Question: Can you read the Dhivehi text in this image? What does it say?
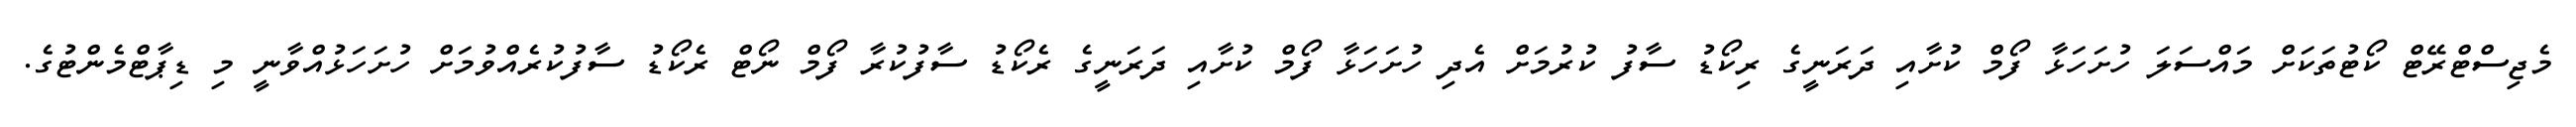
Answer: މެޖިސްޓްރޭޓް ކޯޓުތަކަށް މައްސަލަ ހުށަހަޅާ ފޯމް ކުށާއި ދަރަނީގެ ރިކޯޑު ސާފު ކުރުމަށް އެދި ހުށަހަޅާ ފޯމް ކުށާއި ދަރަނީގެ ރެކޯޑު ސާފުކުރާ ފޯމް ނޯޓް ރެކޯޑު ސާފުކުރެއްވުމަށް ހުށަހަޅުއްވާނީ މި ޑިޕާޓްމެންޓުގެ.